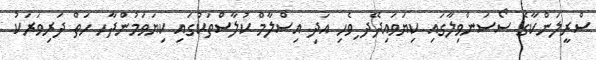
ސްރީލަންކާގެ ސޯސަންވިލާގައި ކިޔަވައިދޭދ ިވެހި އަދި އިސްލާމް ކުލާސްތަކުގައި ކިޔަވަމުންދާހ ހަތް ދަރިވަރަކު